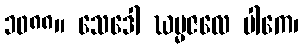
၁၀၈၈။ သေဒေါ ဃမ္မဇလေ ပါကေ၊